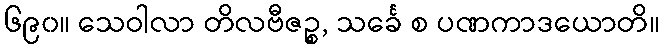
၆၉၀။ သေဝါလာ တိလဗီဇဉ္စ, သင်္ခေ စ ပဏကာဒယောတိ။